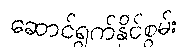
ဆောင်ရွက်နိုင်စွမ်း